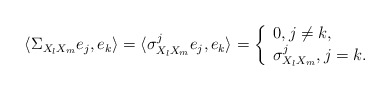
\begin{align*} \langle \Sigma _{X_l X_m} e_j, e_k \rangle = \langle \sigma _{X_l X_m}^j e_j, e_k \rangle = \left\{\begin{array}{lll}0, j\neq k,\\\sigma _{X_l X_m}^j, j=k.\end{array}\right.\end{align*}